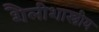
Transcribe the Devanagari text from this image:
शैलीशास्त्रीय